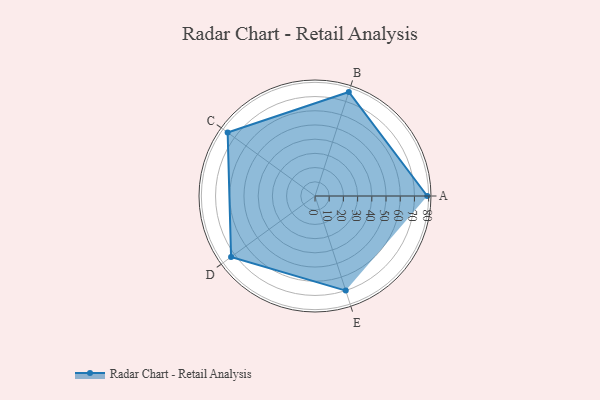
{"axis": {"x": "Skill", "y": "Score"}, "legend": ["Profile"], "data": [{"x": "A", "y": 79.0, "type": "Profile"}, {"x": "B", "y": 77.0, "type": "Profile"}, {"x": "C", "y": 76.0, "type": "Profile"}, {"x": "D", "y": 73.0, "type": "Profile"}, {"x": "E", "y": 70.0, "type": "Profile"}]}